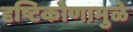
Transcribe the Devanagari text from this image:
दृष्टिकोणामुळे